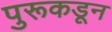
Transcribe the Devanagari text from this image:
पुरूकडून